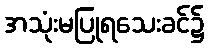
အသုံးမပြုရသေးခင်၌